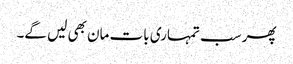
پھر سب تمہاری بات مان بھی لیں گے۔